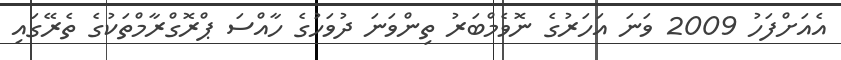
އެއަށްފަހު 2009 ވަނަ އަހަރުގެ ނޮވެމްބަރު ތިންވަނަ ދުވަހުގެ ހާއްސަ ޕްރޮގްރާމްތަކުގެ ތެރޭގައި